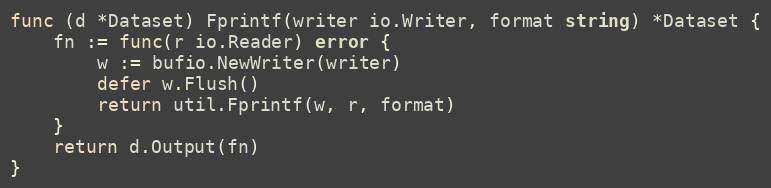
Language: Go
func (d *Dataset) Fprintf(writer io.Writer, format string) *Dataset {
	fn := func(r io.Reader) error {
		w := bufio.NewWriter(writer)
		defer w.Flush()
		return util.Fprintf(w, r, format)
	}
	return d.Output(fn)
}